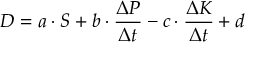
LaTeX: D = a \cdot S + b \cdot { \frac { \Delta P } { \Delta t } } - c \cdot { \frac { \Delta K } { \Delta t } } + d \,